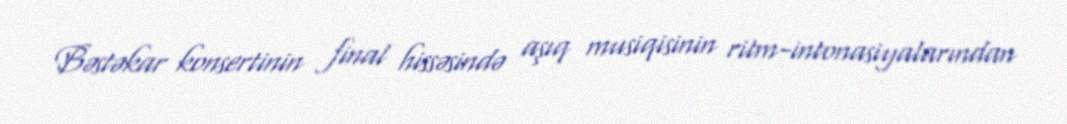
Bəstəkar konsertinin final hissəsində aşıq musiqisinin ritm-intonasiyalarından